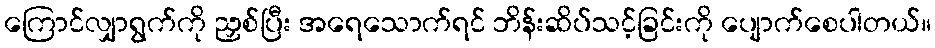
ကြောင်လျှာရွက်ကို ညှစ်ပြီး အရေသောက်ရင် ဘိန်းဆိပ်သင့်ခြင်းကို ပျောက်စေပါတယ်။